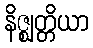
နိဇ္ဈတ္တိယာ